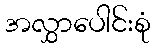
အလွှာပေါင်းစုံ